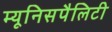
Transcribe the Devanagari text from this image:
म्यूनिसपैलिटी